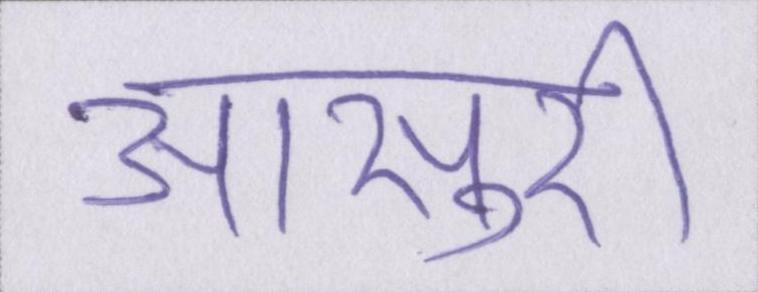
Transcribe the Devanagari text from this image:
आसुरी